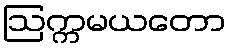
ဩက္ကမယတော